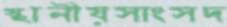
স্থানীয়সাংসদ